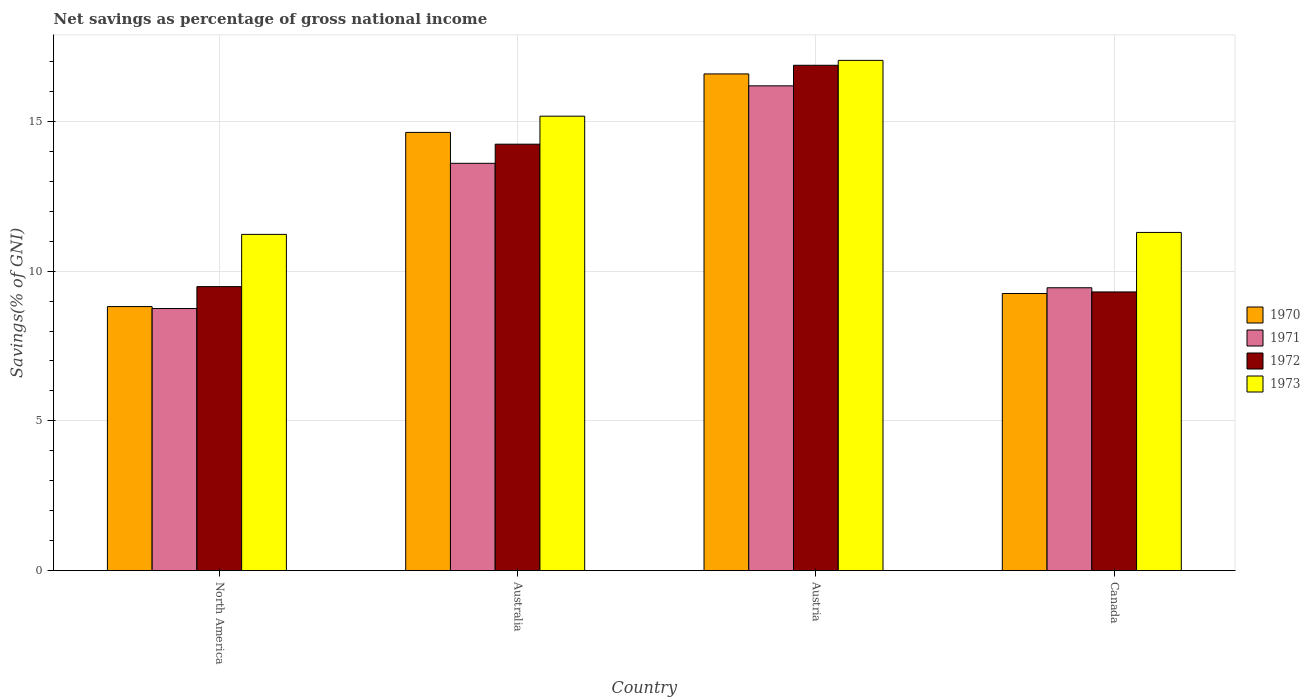
| Country | 1970 | 1971 | 1972 | 1973 |
 | --- | --- | --- | --- | --- |
 | North America | 8.82 | 8.75 | 9.48 | 11.2 |
 | Australia | 14.6 | 13.6 | 14.2 | 15.2 |
 | Austria | 16.6 | 16.2 | 16.9 | 17 |
 | Canada | 9.25 | 9.45 | 9.31 | 11.3 |